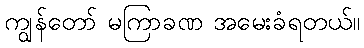
ကျွန်တော် မကြာခဏ အမေးခံရတယ်။